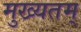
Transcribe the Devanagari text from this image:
मुख्यतम्